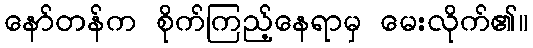
နော်တန်က စိုက်ကြည့်နေရာမှ မေးလိုက်၏။